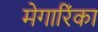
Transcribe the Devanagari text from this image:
मेगारिंका